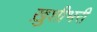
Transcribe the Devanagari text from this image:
ख़ुशीभरी